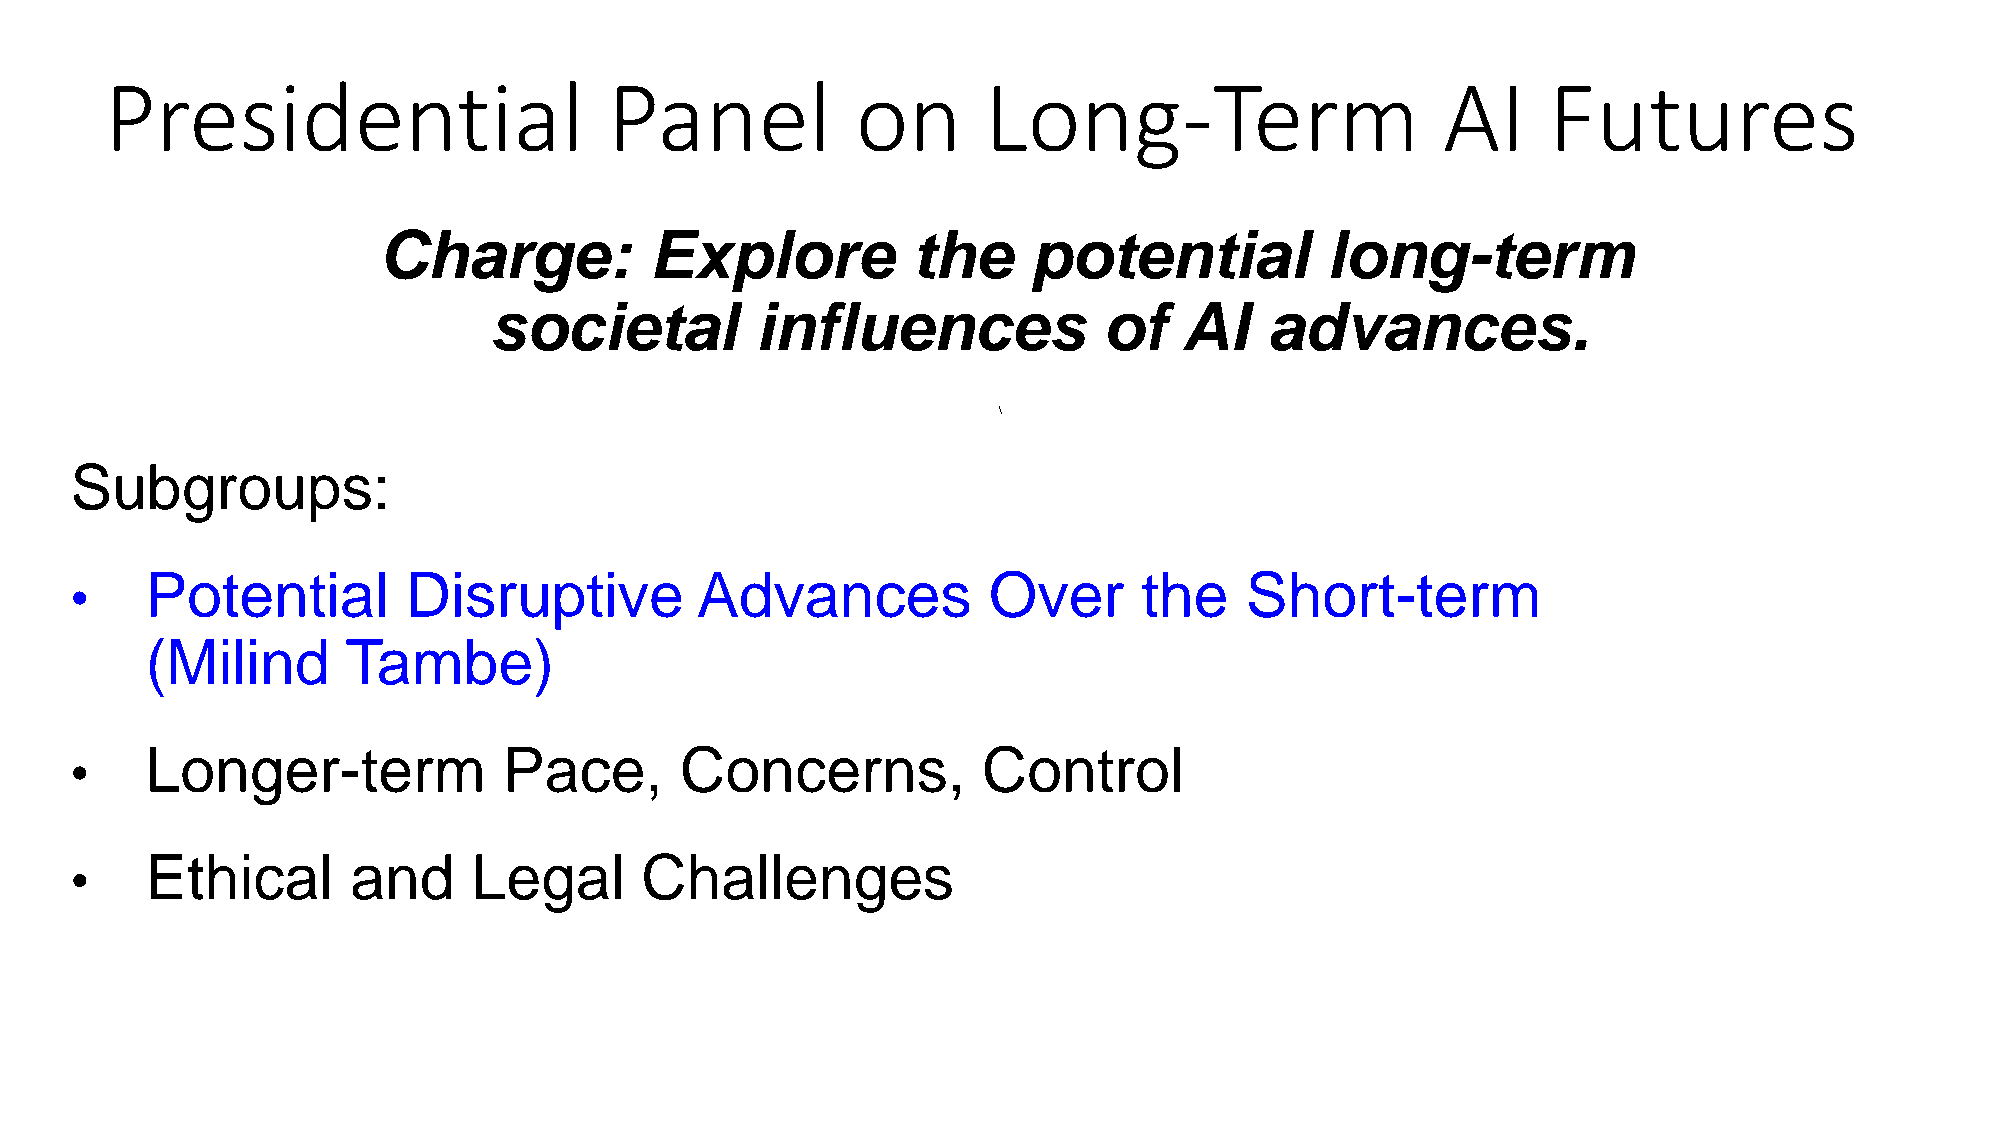
Presidential                     Panel            on      Long-Term                     AI     Futures
 Charge:           Explore          the     potential           long-term
 societal          influences             of   AI    advances.
 \
 Subgroups:
 Potential        Disruptive         Advances           Over       the   Short-term
 •
 (Milind      Tambe)
 Longer-term            Pace,       Concerns,           Control
 •
 Ethical      and     Legal      Challenges
 •